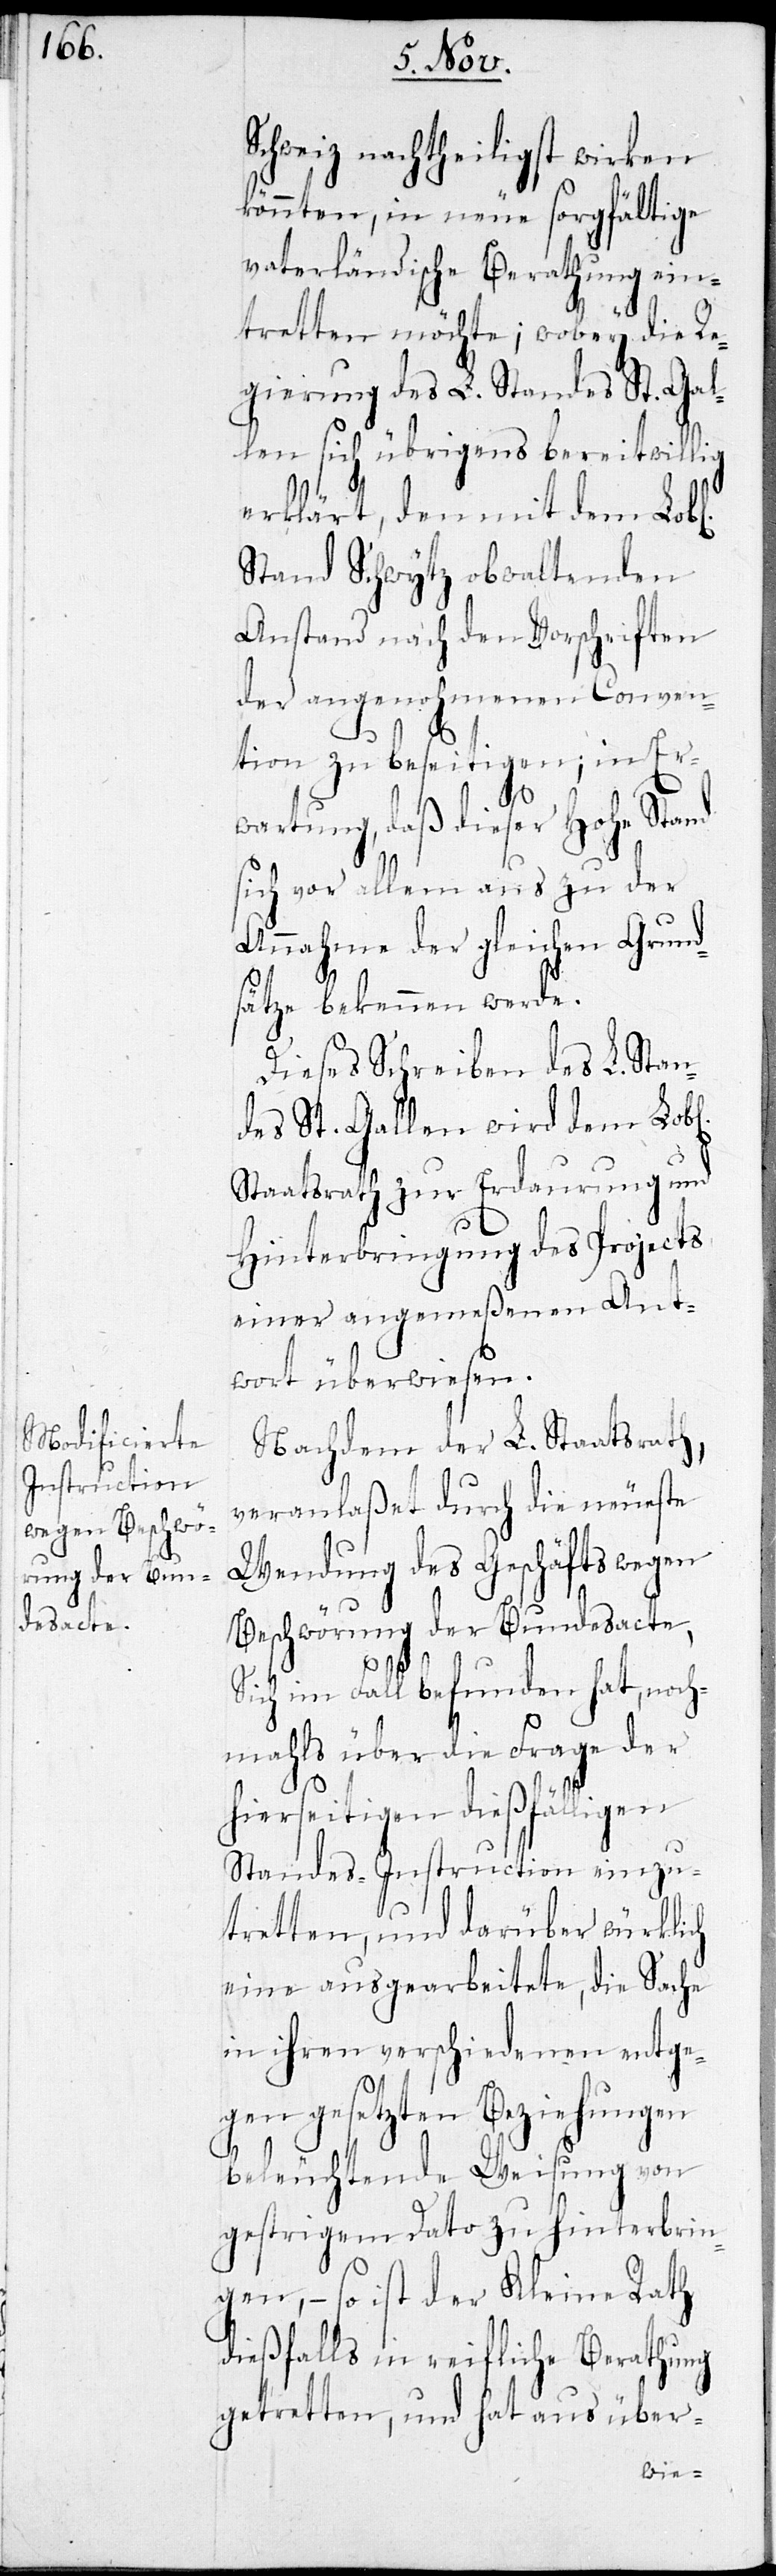
Schweiz nachtheiligst wirken
könnten, in neue sorgfältige
vaterländische Berathung ein¬
tretten möchte; wobey die Re¬
gierung des L. Standes St. Gal¬
len sich übrigens bereitwillig
erklärt, den mit dem Lobl.
Stand Schwytz obwaltenden
Anstand nach den Vorschriften
der angenohmenen Conven¬
tion zu beseitigen; in Er¬
wartung, daß dieser Hohe Stand
sich vor allem aus zu der
Annahme der gleichen Grund¬
sätze bekennen werde.
Dieses Schreiben des L. Stan¬
des St. Gallen wird dem Lobl.
Staatsrath zur Erdaurung und
Hinterbringung des Projects
einer angemeßenen Ant¬
wort überwiesen.
Nachdem der L. Staatsrath,
veranlaßet durch die neueste
Wendung des Geschäfts wegen
Beschwörung der Bundesacte,
Sich im Fall befunden hat, noch¬
mahls über die Frage der
hierseitigen dießfälligen
Standes-Instruction einzu¬
tretten, und darüber würklich
eine ausgearbeitete, die Sache
in ihren verschiedenen entge¬
gen gesetzten Beziehungen
beleuchtende Weisung von
gestrigem Dato zu hinterbrin¬
gen, – so ist der Kleine Rath
dießfalls in reifliche Berathung
getretten, und hat aus über-